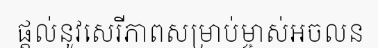
ផ្តល់នូវសេរីភាពសម្រាប់ម្ចាស់អចលន